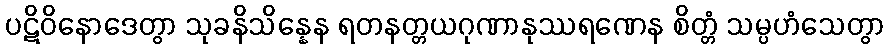
ပဋိဝိနောဒေတွာ သုခနိသိန္နေန ရတနတ္တယဂုဏာနုဿရဏေန စိတ္တံ သမ္ပဟံသေတွာ